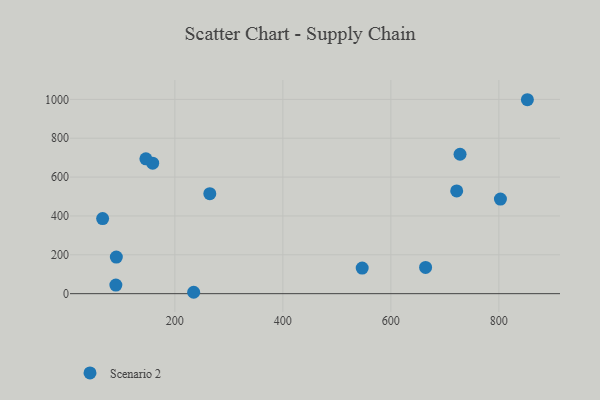
{"axis": {"x": "Speed", "y": "Yield"}, "legend": ["Scenario 2"], "data": [{"x": "546.9", "y": 131.5, "type": "Scenario 2"}, {"x": "158.9", "y": 671.7, "type": "Scenario 2"}, {"x": "852.8", "y": 998.2, "type": "Scenario 2"}, {"x": "234.8", "y": 7.2, "type": "Scenario 2"}, {"x": "264.7", "y": 514.8, "type": "Scenario 2"}, {"x": "728.1", "y": 717.6, "type": "Scenario 2"}, {"x": "802.9", "y": 486.9, "type": "Scenario 2"}, {"x": "91.6", "y": 188.4, "type": "Scenario 2"}, {"x": "664.3", "y": 134.9, "type": "Scenario 2"}, {"x": "90.7", "y": 44.2, "type": "Scenario 2"}, {"x": "721.9", "y": 529.0, "type": "Scenario 2"}, {"x": "66.2", "y": 386.7, "type": "Scenario 2"}, {"x": "146.3", "y": 693.8, "type": "Scenario 2"}]}